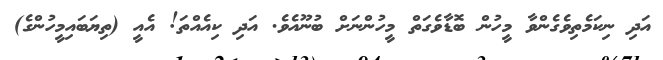
އަދި ނިކަމެތިވެގެންވާ މީހުން ބޮޑާވެގަތް މީހުންނަށް ބުނޫއެވެ. އަދި ކިއެއްތަ! އެއީ (ތިޔަބައިމީހުންގެ)